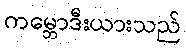
ကမ္ဘောဒီးယားသည်